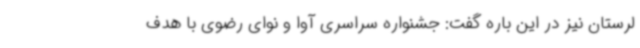
لرستان نیز در این باره گفت: جشنواره سراسری آوا و نوای رضوی با هدف